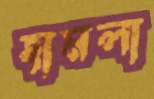
হামলা